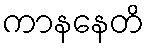
ကာနနေတိ